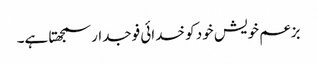
بزعم خویش خود کو خدائی فوجدار سمجھتا ہے۔